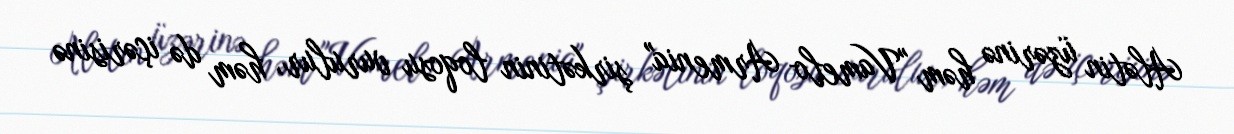
Alətin üzərinə həm "Vamelo Armenia" şirkətinin loqosu vurulur, həm də içərisinə